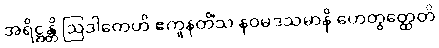
အရိဋ္ဌန္တိ ဩဒါတေဟိ ဧကူနတိံသ နဝမဒသမာနိ ဟေတွတ္ထေတိ